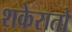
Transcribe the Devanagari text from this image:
शकेरातो